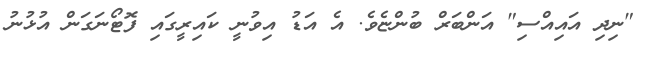
"ނިދި އައިއްސި" އަންބަރް ބުންޏެވެ. އެ އަޑު އިވުނީ ކައިރީގައި ފޮޓޯނަގަން އުޅުނު